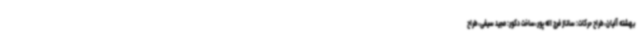
بهشته آلیان،طراح حرکات: ساناز فرج اله پور،ساخت دکور: مجید سیفی،طراح